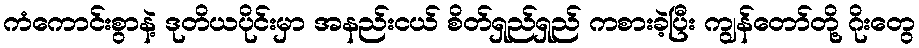
ကံကောင်းစွာနဲ့ ဒုတိယပိုင်းမှာ အနည်းငယ် စိတ်ရှည်ရှည် ကစားခဲ့ပြီး ကျွန်တော်တို့ ဂိုးတွေ